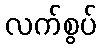
လက်စွပ်